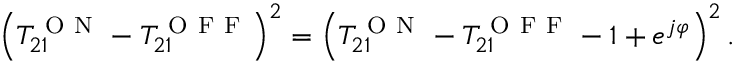
\left( T _ { 2 1 } ^ { \mathrm { ~ O ~ N ~ } } - T _ { 2 1 } ^ { \mathrm { ~ O ~ F ~ F ~ } } \right) ^ { 2 } = \left( T _ { 2 1 } ^ { \mathrm { ~ O ~ N ~ } } - T _ { 2 1 } ^ { \mathrm { ~ O ~ F ~ F ~ } } - 1 + e ^ { j \varphi } \right) ^ { 2 } .